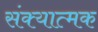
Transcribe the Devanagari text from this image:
संक्यात्मक